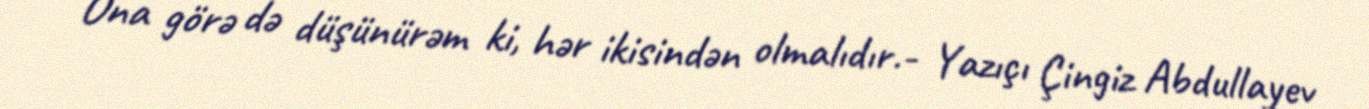
Ona görə də düşünürəm ki, hər ikisindən olmalıdır.- Yazıçı Çingiz Abdullayev